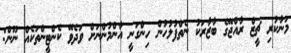
މަނާކުރި ޗީޒް ރާއްޖޭގެ ބާޒާރަކު ނެތްފުލުހުން ހިންގަނީ އާންމުންނަށް ވަދެވޭ ކެންޓީންތަކެއް ނޫން: